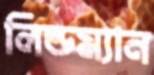
লিন্ডম্যান